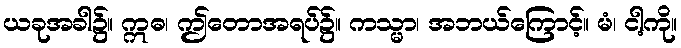
ယခုအခါ၌။ ဣဓ၊ ဤတောအရပ်၌။ ကသ္မာ၊ အဘယ်ကြောင့်။ မံ၊ ငါ့ကို။